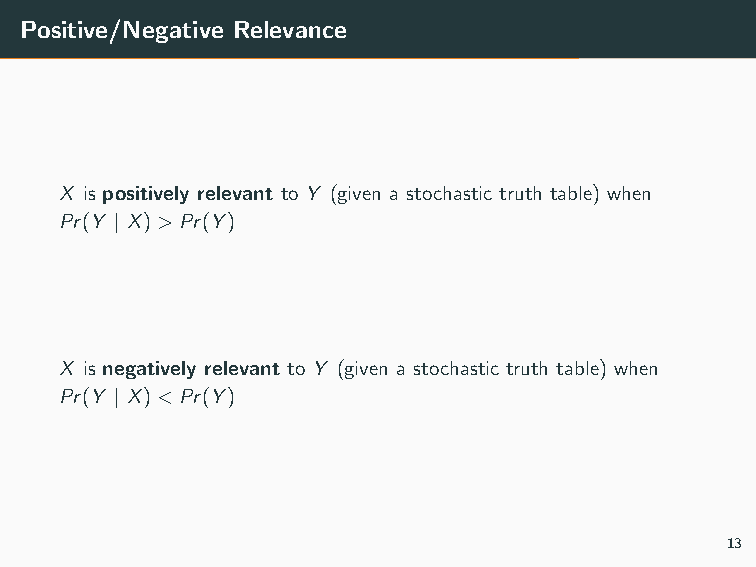
Positive/Negative Relevance
 X is positively relevant to Y (given a stochastic truth table) when
 Pr(Y | X)>Pr(Y)
 X is negatively relevant to Y (given a stochastic truth table) when
 Pr(Y | X)<Pr(Y)
 13